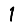
Digit: 1